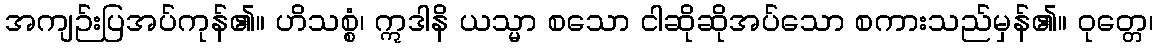
အကျဉ်းပြအပ်ကုန်၏။ ဟိသစ္စံ၊ ဣဒါနိ ယသ္မာ စသော ငါဆိုဆိုအပ်သော စကားသည်မှန်၏။ ဝုတ္တေ၊